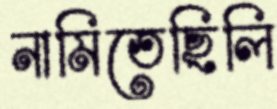
নামিতেছিলি